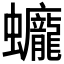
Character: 𧕻